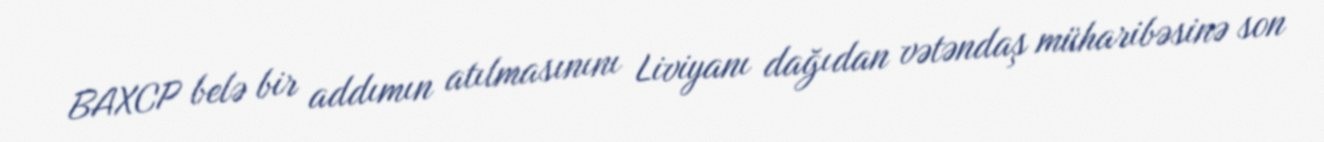
BAXCP belə bir addımın atılmasınını Liviyanı dağıdan vətəndaş müharibəsinə son